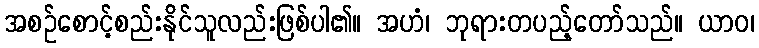
အစဉ်စောင့်စည်းနိုင်သူလည်းဖြစ်ပါ၏။ အဟံ၊ ဘုရားတပည့်တော်သည်။ ယာဝ၊